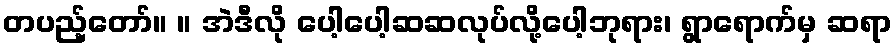
တပည့်တော်။ ။ အဲဒီလို ပေါ့ပေါ့ဆဆလုပ်လို့ပေါ့ဘုရား၊ ရွာရောက်မှ ဆရာ